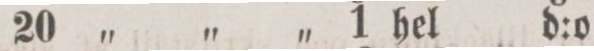
20 „ „ „ 1 hel d:o